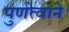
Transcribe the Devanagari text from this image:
पुर्णत्वाने